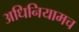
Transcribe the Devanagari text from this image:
अधिनियामच